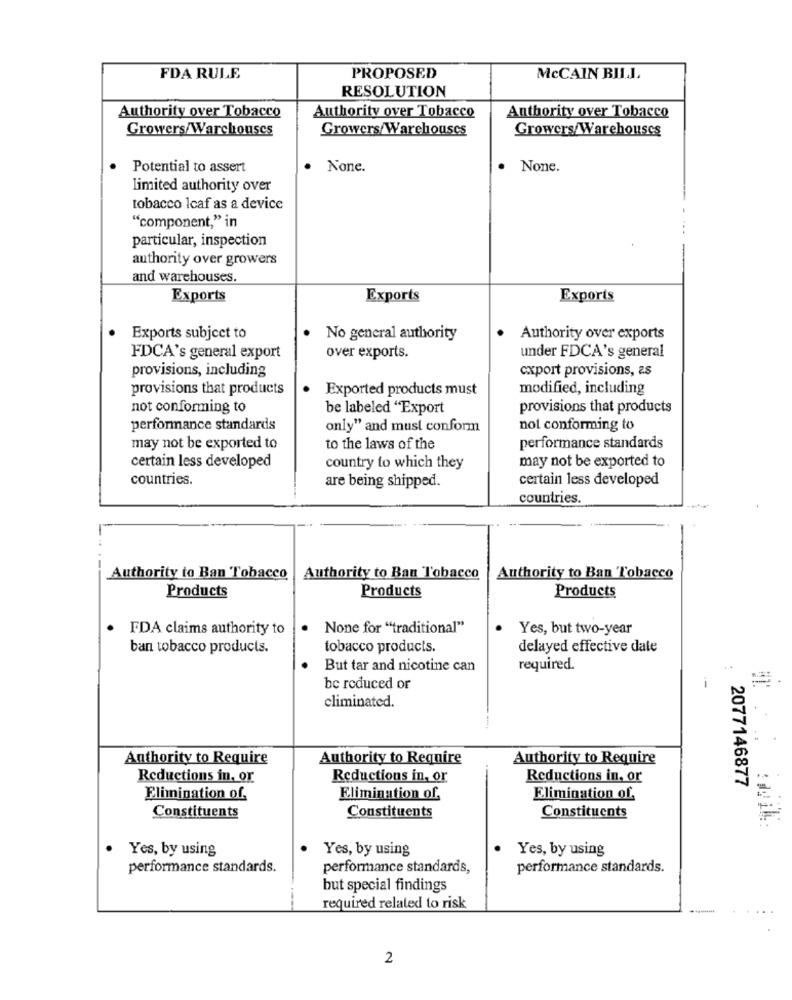
FDA RULE
PROPOSED
McCAIN BILI
RESOLUTION
Authority over Tobacco
Authority over Tobacco
Authority over Tobacco
Growers/Warehouses
Growers/ Warehouses
Growers/Warehouses
Potential to assert
.
None.
.
None.
limited authority over
tobacco Icaf as a device
"component," in
particular, inspection
authority over growers
and warehouses.
Exports
Exports
Exports
Exports subject to
No general authority
Authority over exports
FDCA's general export
over exports.
under FDCA's general
provisions, including
export provisions, as
provisions that products
Exported products must
modified, including
not conforming to
be labeled "Export
provisions that products
performance standards
only" and must conform
not conforming to
may not be exported to
to the laws of the
performance standards
certain less developed
may not be exported to
country to which they
countries.
are being shipped.
certain less developed
countries.
Authority to Ban Tobacco
Authority to Ban Tobacco
Authority to Ban Tobacco
Products
Products
Products
FDA claims authority to
None for "traditional"
Yes, but two-year
ban tobacco products.
tobacco products.
delayed effective date
But tar and nicotine can
required.
be reduced or
eliminated.
Authority to Require
Authority to Regnire
Authority to Require
Reductions in. or
Reductions in, or
Reductions in. or
2077146877
Elimination of,
Elimination of,
Elimination of.
Constituents
Constituents
Constituents
Yes, by using
.
Yes, by using
Yes, by using
performance standards.
performance standards,
performance standards.
but special findings
required related to risk
2